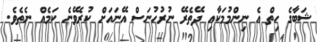
ޝަބާގެ ހިތް އެ ނިންމުމަކާއި ދޭތެރޭ ނުރުހުނަސް އޭނައަށް ކުރެވޭނެ ކަމެއް ނެތެވެ.